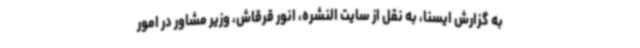
به گزارش ایسنا، به نقل از سایت النشره، انور قرقاش، وزیر مشاور در امور